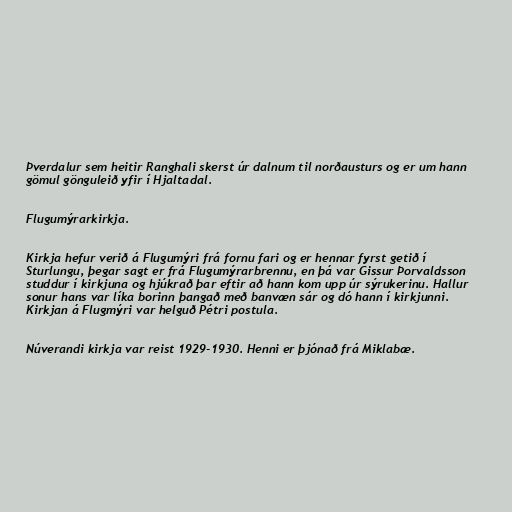
Þverdalur sem heitir Ranghali skerst úr dalnum til norðausturs og er um hann
gömul gönguleið yfir í Hjaltadal.

Flugumýrarkirkja.

Kirkja hefur verið á Flugumýri frá fornu fari og er hennar fyrst getið í
Sturlungu, þegar sagt er frá Flugumýrarbrennu, en þá var Gissur Þorvaldsson
studdur í kirkjuna og hjúkrað þar eftir að hann kom upp úr sýrukerinu. Hallur
sonur hans var líka borinn þangað með banvæn sár og dó hann í kirkjunni.
Kirkjan á Flugmýri var helguð Pétri postula.

Núverandi kirkja var reist 1929-1930. Henni er þjónað frá Miklabæ.